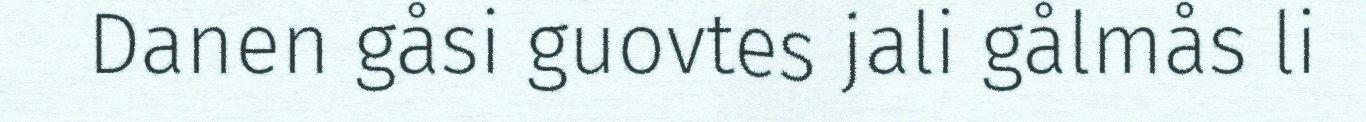
Danen gåsi guovtes jali gålmås li